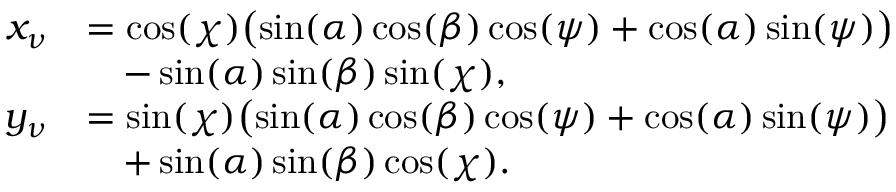
\begin{array} { r l } { x _ { \nu } } & { = \cos ( \chi ) \big ( \! \sin ( \alpha ) \cos ( \beta ) \cos ( \psi ) + \cos ( \alpha ) \sin ( \psi ) \big ) } \\ & { \quad - \sin ( \alpha ) \sin ( \beta ) \sin ( \chi ) , } \\ { y _ { \nu } } & { = \sin ( \chi ) \big ( \! \sin ( \alpha ) \cos ( \beta ) \cos ( \psi ) + \cos ( \alpha ) \sin ( \psi ) \big ) } \\ & { \quad + \sin ( \alpha ) \sin ( \beta ) \cos ( \chi ) . } \end{array}